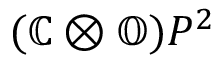
( \mathbb { C } \otimes \mathbb { O } ) P ^ { 2 }